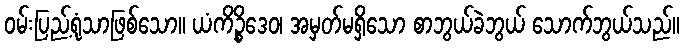
ဝမ်းပြည့်ရုံသာဖြစ်သော။ ယံကိဉ္စိဒေဝ၊ အမှတ်မရှိသော စာဘွယ်ခဲဘွယ် သောက်ဘွယ်သည်။